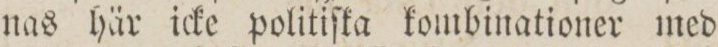
nas här icke politiſka kombinationer med